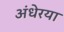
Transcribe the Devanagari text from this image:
अंधेरया